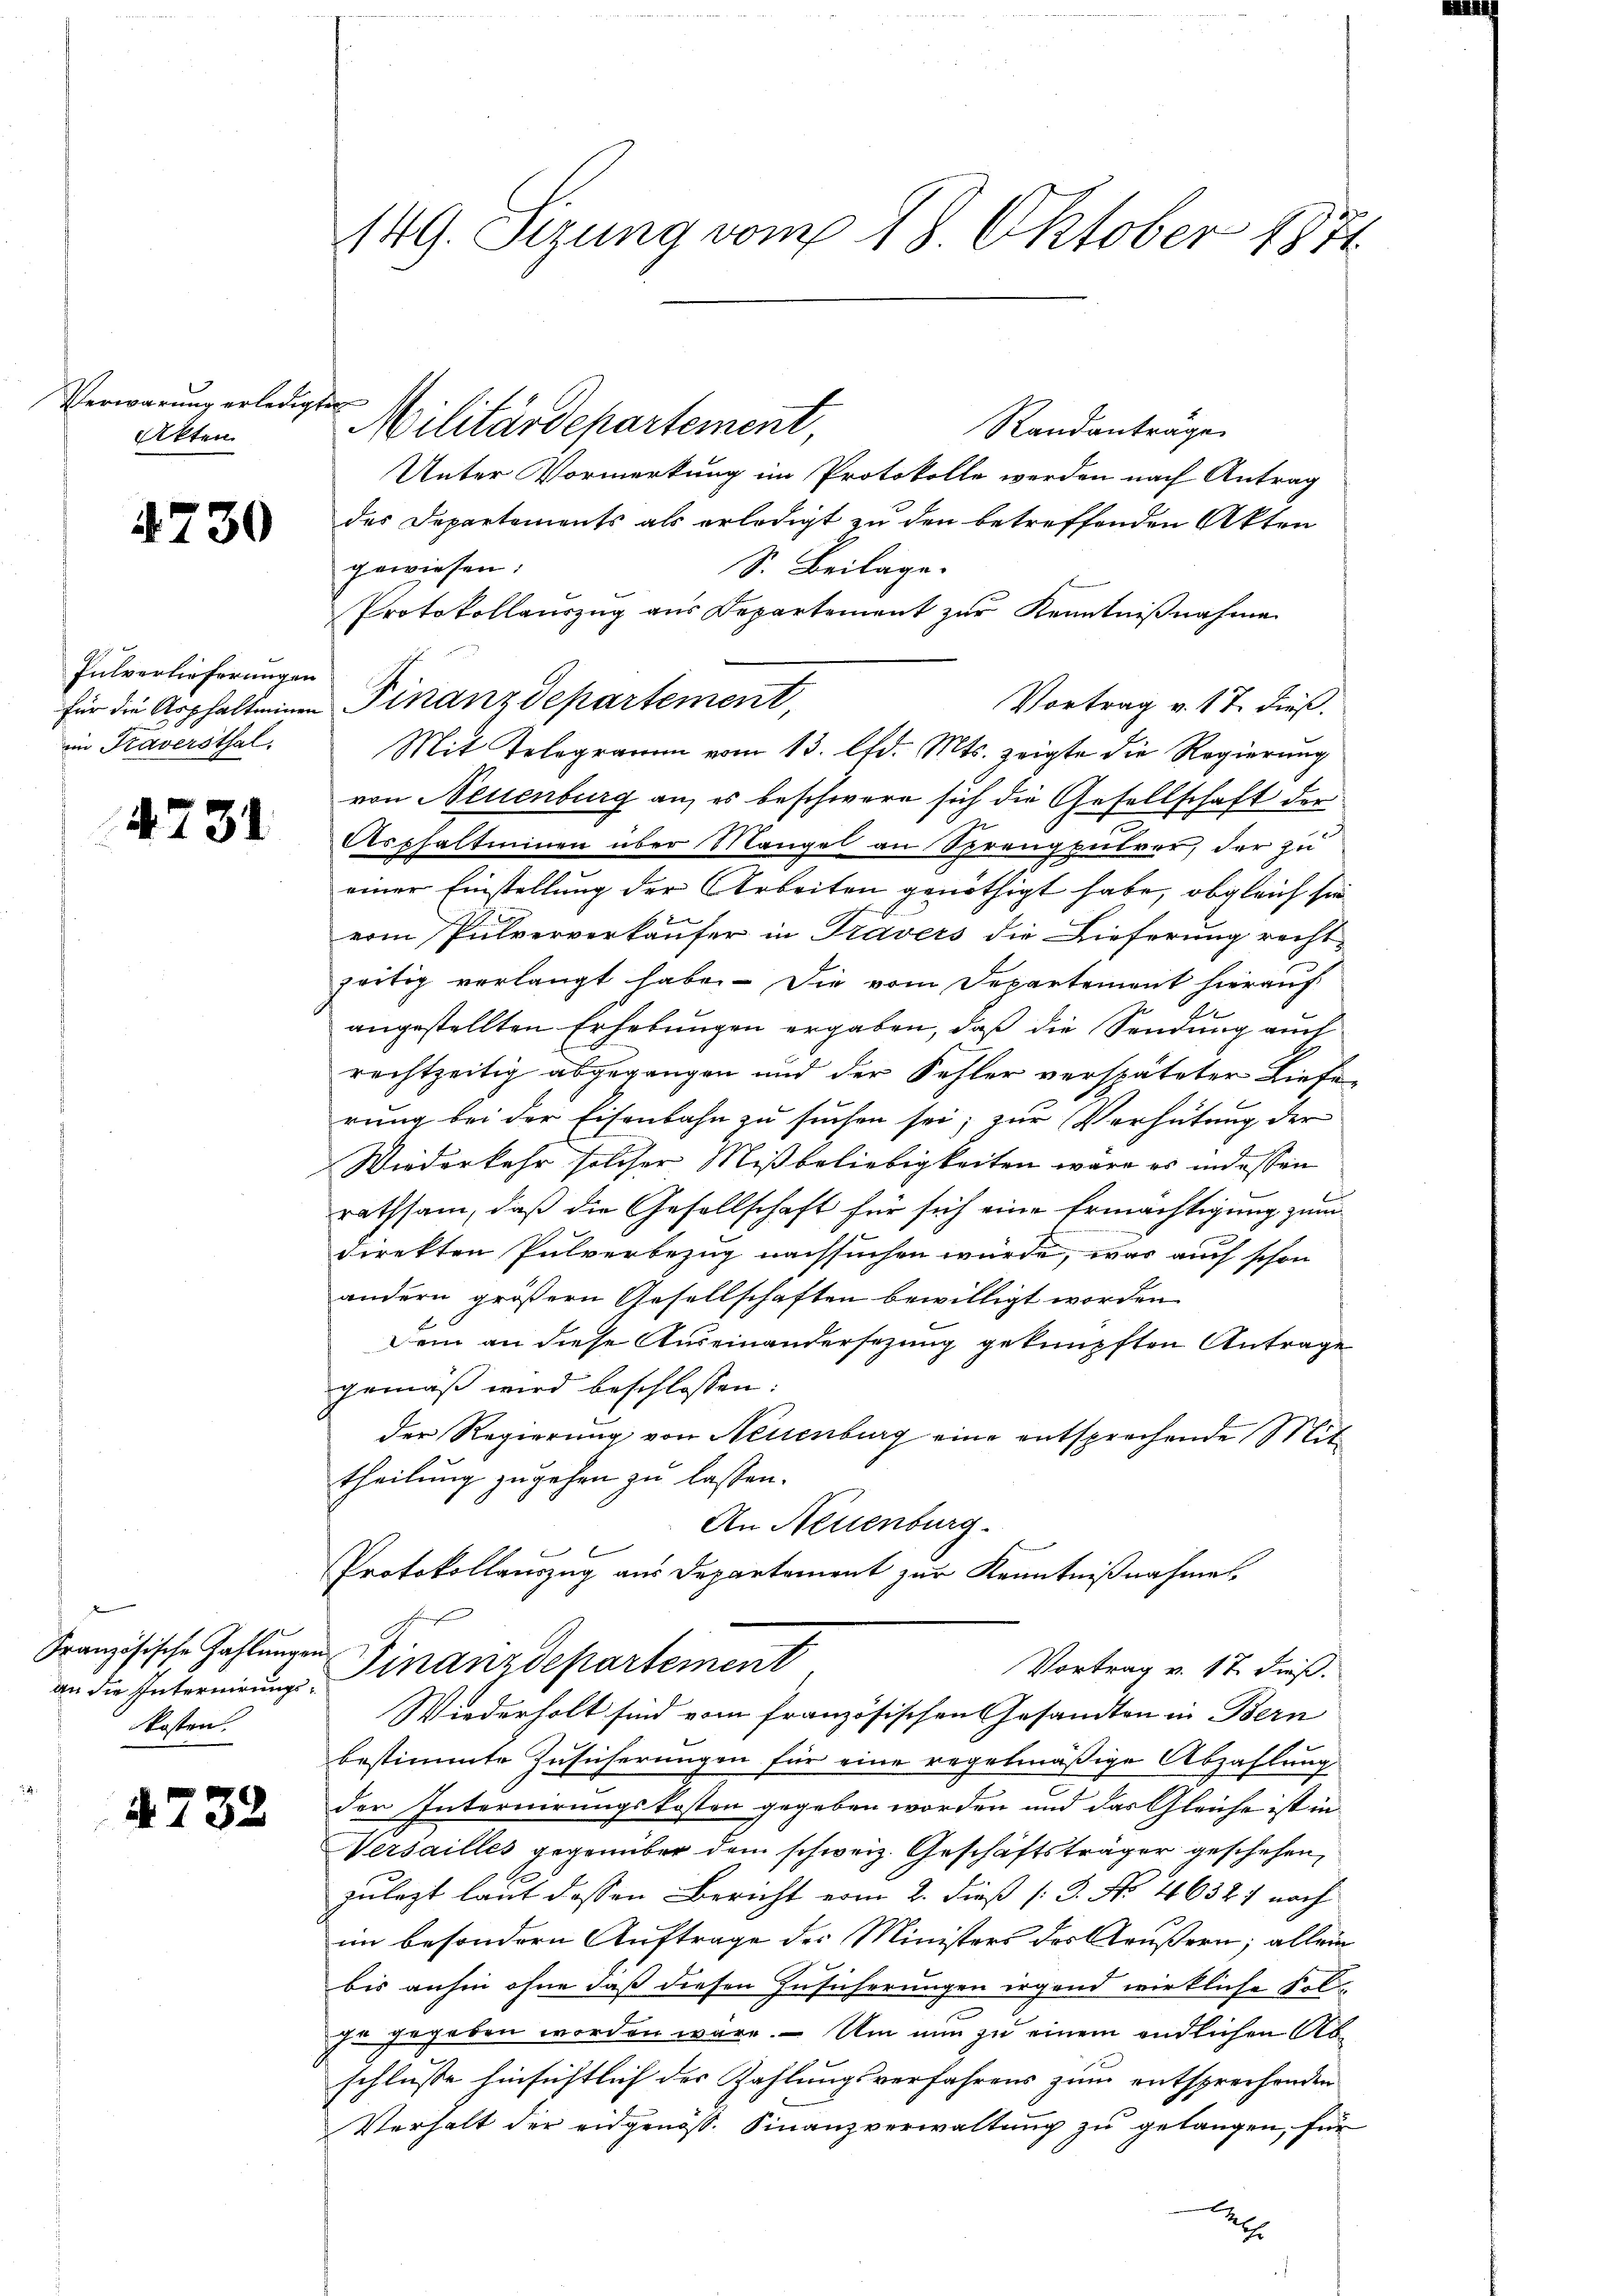
Verwarung erledigten
Akten

4730

Pulverlieferungen
im Traversthal.

4731

an die Internirungs¬
Kosten.

4732

149. Sizung vom 18. Oktober 1871

Militärdepartement
Randantrage
Unter Vormerkung im Protokolle werden nach Antrag
des Departements als erledigt zu den betreffenden Akten
gewiesen.
S. Beilage.
Protokollauszug aus Departement zur Kenntnißnahme
für die Asphaltenem Finanzdepartement,
Vortrag v. 17. dieß.
Mit Telegramm vom 13. lfd. Mts. zeigte die Regierung
von Neuenburg an, es beschwere sich die Gesellschaft der
Asphaltenen über Mangel an Sprengpulver, der zu
einer Einstellung der Arbeiten genöthigt habe, obgleich sie
vom Pulververkäufer in Travers die Lieferung recht
zeitig verlangt habe. Die vom Departement hierauf
angestellten Erhebungen ergaben, daß die Sendung auch
rechtzeitig abgegangen und der Kehler verspäteter Liefe
rung bei der Eisenbahn zu suchen sei; zur Verhütung der
Wiederkehr solcher Mißbeliebigkeiten wäre es indessen
rathsam, daß die Gesellschaft für sich eine Ermächtigung zum
direkten Pulverbezug nachsuchen würde, was auch schon
andern größern Gesellschaften bewilligt worden
Dein an diese Auseinandersezung geknüpften Antrage
gemäß wird beschlossen:
der Regierung von Neuenburg eine entsprechende Mit
theilung zugehen zu lassen.
An Neuenburg.
Protokollauszug aus Departement zur Kenntnißnahme
B
Französische Zahlungen Finanzdepartement
Vortrag v. 17. dieß.
Wiederholt sind vom französischen Gesandten in Bern
bestimmte Zusicherungen für eine regelmäßige Abzahlung
der Internirungskosten gegeben worden und das Gleiche ist in
Versailles gegenüber dem schweiz. Geschäftsträger geschehen,
zulezt laut dessen Bericht vom 2. dieß [B. No. 46632) nach
im besondern Auftrage des Ministers des Aeußern; allein
bis anhin ohne daß diesen Zusicherungen irgend wirkliche Folzu gegeben worden wäre. Um nun zu einem endlichen Abschlusse hinsichtlich der Zahlungsverfahrens zum entsprechenden
Verhalt der eidgenöß. Finanzverwaltung zu gelangen, für
2